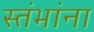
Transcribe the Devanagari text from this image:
स्तंभांना